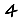
Digit: 4